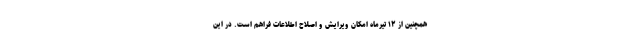
همچنین از ۱۲ تیرماه امکان ویرایش و اصلاح اطلاعات فراهم است. در این